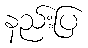
နည်းပြ